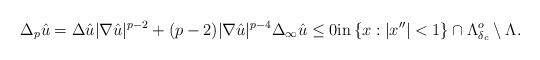
LaTeX: \begin{align*}\Delta_p\hat u = \Delta \hat u |\nabla \hat u|^{p - 2} + (p - 2)|\nabla \hat u|^{p - 4}\Delta_{\infty}\hat u \leq 0 \textrm{in} \left\{ x : |x''| < 1\right\} \cap \Lambda^o_{\delta_c}\setminus \Lambda.\end{align*}